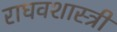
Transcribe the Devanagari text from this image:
राघवशास्त्री